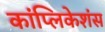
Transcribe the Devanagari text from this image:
कांप्लिकेशंस